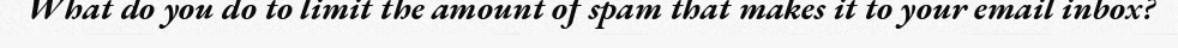
What do you do to limit the amount of spam that makes it to your email inbox?